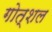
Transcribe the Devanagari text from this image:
गोत्शल